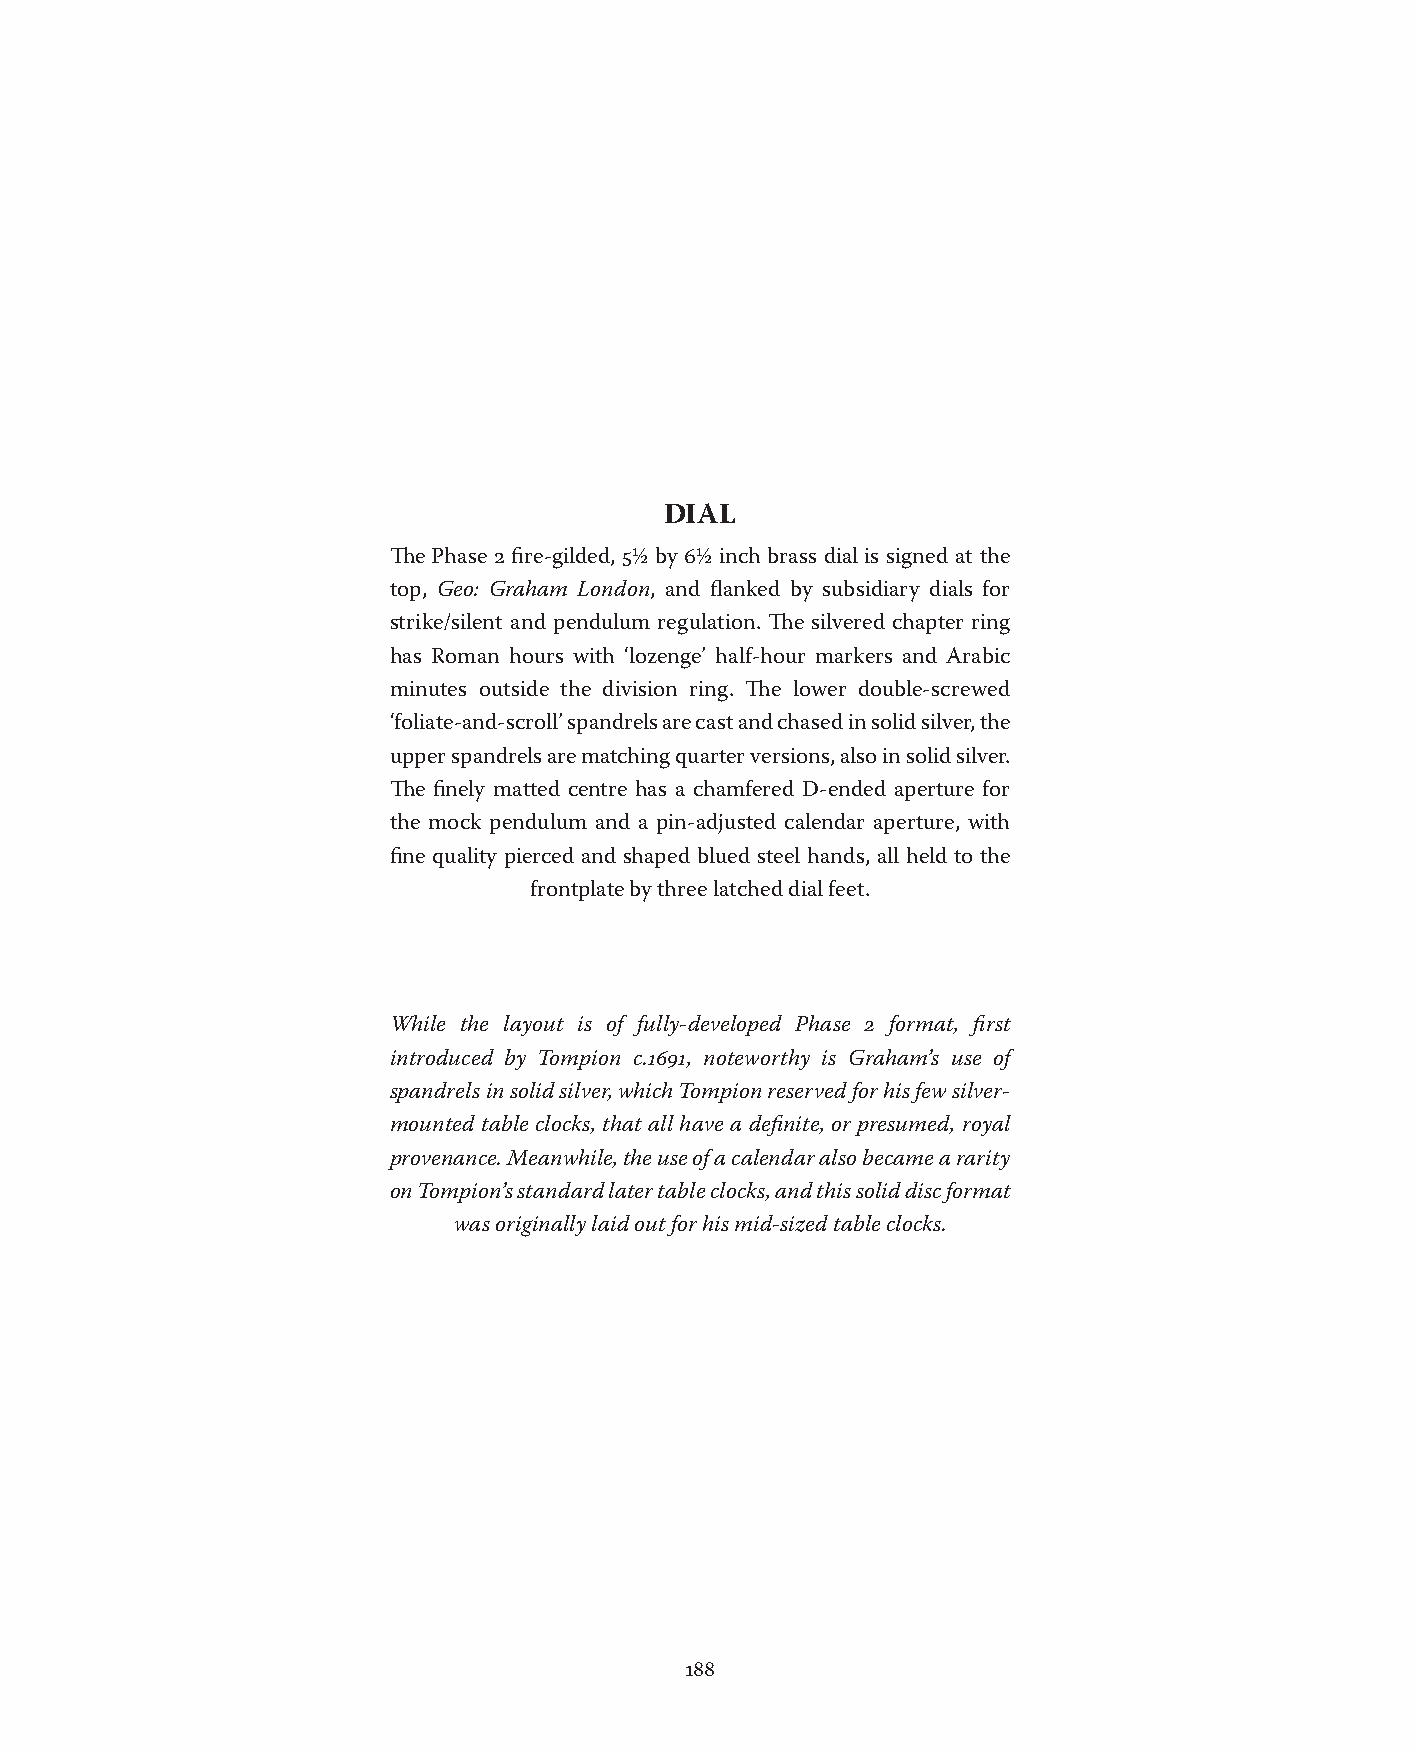
DIAL
 The Phase 2 fire-gilded, 5½ by 6½ inch brass dial is signed at the
 top, Geo: Graham London, and flanked by subsidiary dials for
 strike/silent and pendulum regulation. The silvered chapter ring
 has Roman hours with ‘lozenge’ half-hour markers and Arabic
 minutes outside the division ring. The lower double-screwed
 ‘foliate-and-scroll’ spandrels are cast and chased in solid silver, the
 upper spandrels are matching quarter versions, also in solid silver.
 The finely matted centre has a chamfered D-ended aperture for
 the mock pendulum and a pin-adjusted calendar aperture, with
 fine quality pierced and shaped blued steel hands, all held to the
 frontplate by three latched dial feet.
 While the layout is of fully-developed Phase 2 format, first
 introduced by Tompion c.1691, noteworthy is Graham’s use of
 spandrels in solid silver, which Tompion reserved for his few silver-
 mounted table clocks, that all have a definite, or presumed, royal
 provenance. Meanwhile, the use of a calendar also became a rarity
 on Tompion’s standard later table clocks, and this solid disc format
 was originally laid out for his mid-sized table clocks.
 188